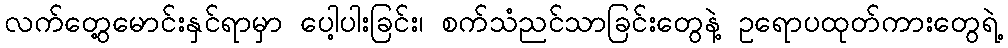
လက်တွေ့မောင်းနှင်ရာမှာ ပေါ့ပါးခြင်း၊ စက်သံညင်သာခြင်းတွေနဲ့ ဥရောပထုတ်ကားတွေရဲ့